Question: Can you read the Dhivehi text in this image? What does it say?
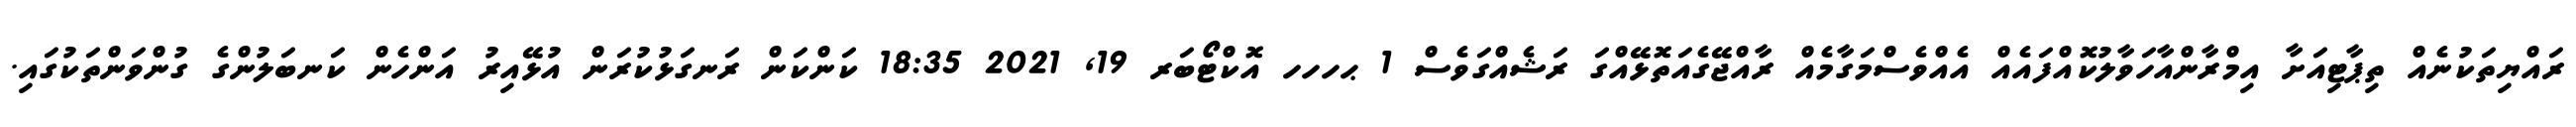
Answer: ރައްޔިތަކުނެއް ތިޕާޓިއަށާ އިމްރާންއާހަވާލުކޮއްފައެއް އެއްވެސްމަގާމެއް ރާއްޖޭގެއަތޮޅޭއްގަ ރަޝެއްގަވެސް 1 ޙހހހ އޮކްޓޯބަރ 19, 2021 18:35 ކަންކަން ރަނގަޅުކުރަން އުޅޭއިރު އަންހެން ކަނބަލުންގެ ގުންވަންތަކުގައި.